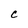
Character: C